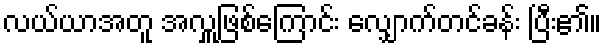
လယ်ယာအတူ အလှူဖြစ်ကြောင်း လျှောက်တင်ခန်း ပြီး၏။